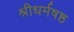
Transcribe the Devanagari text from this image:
श्रीधर्मषष्ठ